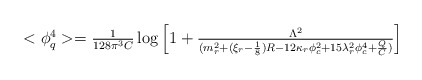
\begin{align*}\begin{array}{l}<\phi _q^4>=\frac 1{128\pi ^3C}\log \left[ 1+ \frac{\Lambda ^2}{(m_r^2+(\xi _r-\frac 18)R-12\kappa _r\phi _c^2+15\lambda_r^2\phi _c^4+\frac QC)}\right] \\ \end{array}\end{align*}